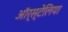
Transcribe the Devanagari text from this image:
ऑर्स्टेलिया